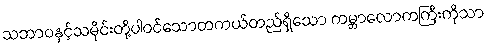
သဘာဝနှင့်သမိုင်းတို့ပါဝင်သောတကယ်တည်ရှိသော ကမ္ဘာလောကကြီးကိုသာ